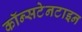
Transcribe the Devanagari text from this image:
कॉन्सटेनटाइन